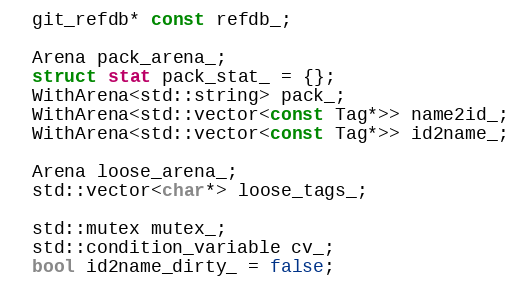
Language: C
  git_refdb* const refdb_;

  Arena pack_arena_;
  struct stat pack_stat_ = {};
  WithArena<std::string> pack_;
  WithArena<std::vector<const Tag*>> name2id_;
  WithArena<std::vector<const Tag*>> id2name_;

  Arena loose_arena_;
  std::vector<char*> loose_tags_;

  std::mutex mutex_;
  std::condition_variable cv_;
  bool id2name_dirty_ = false;